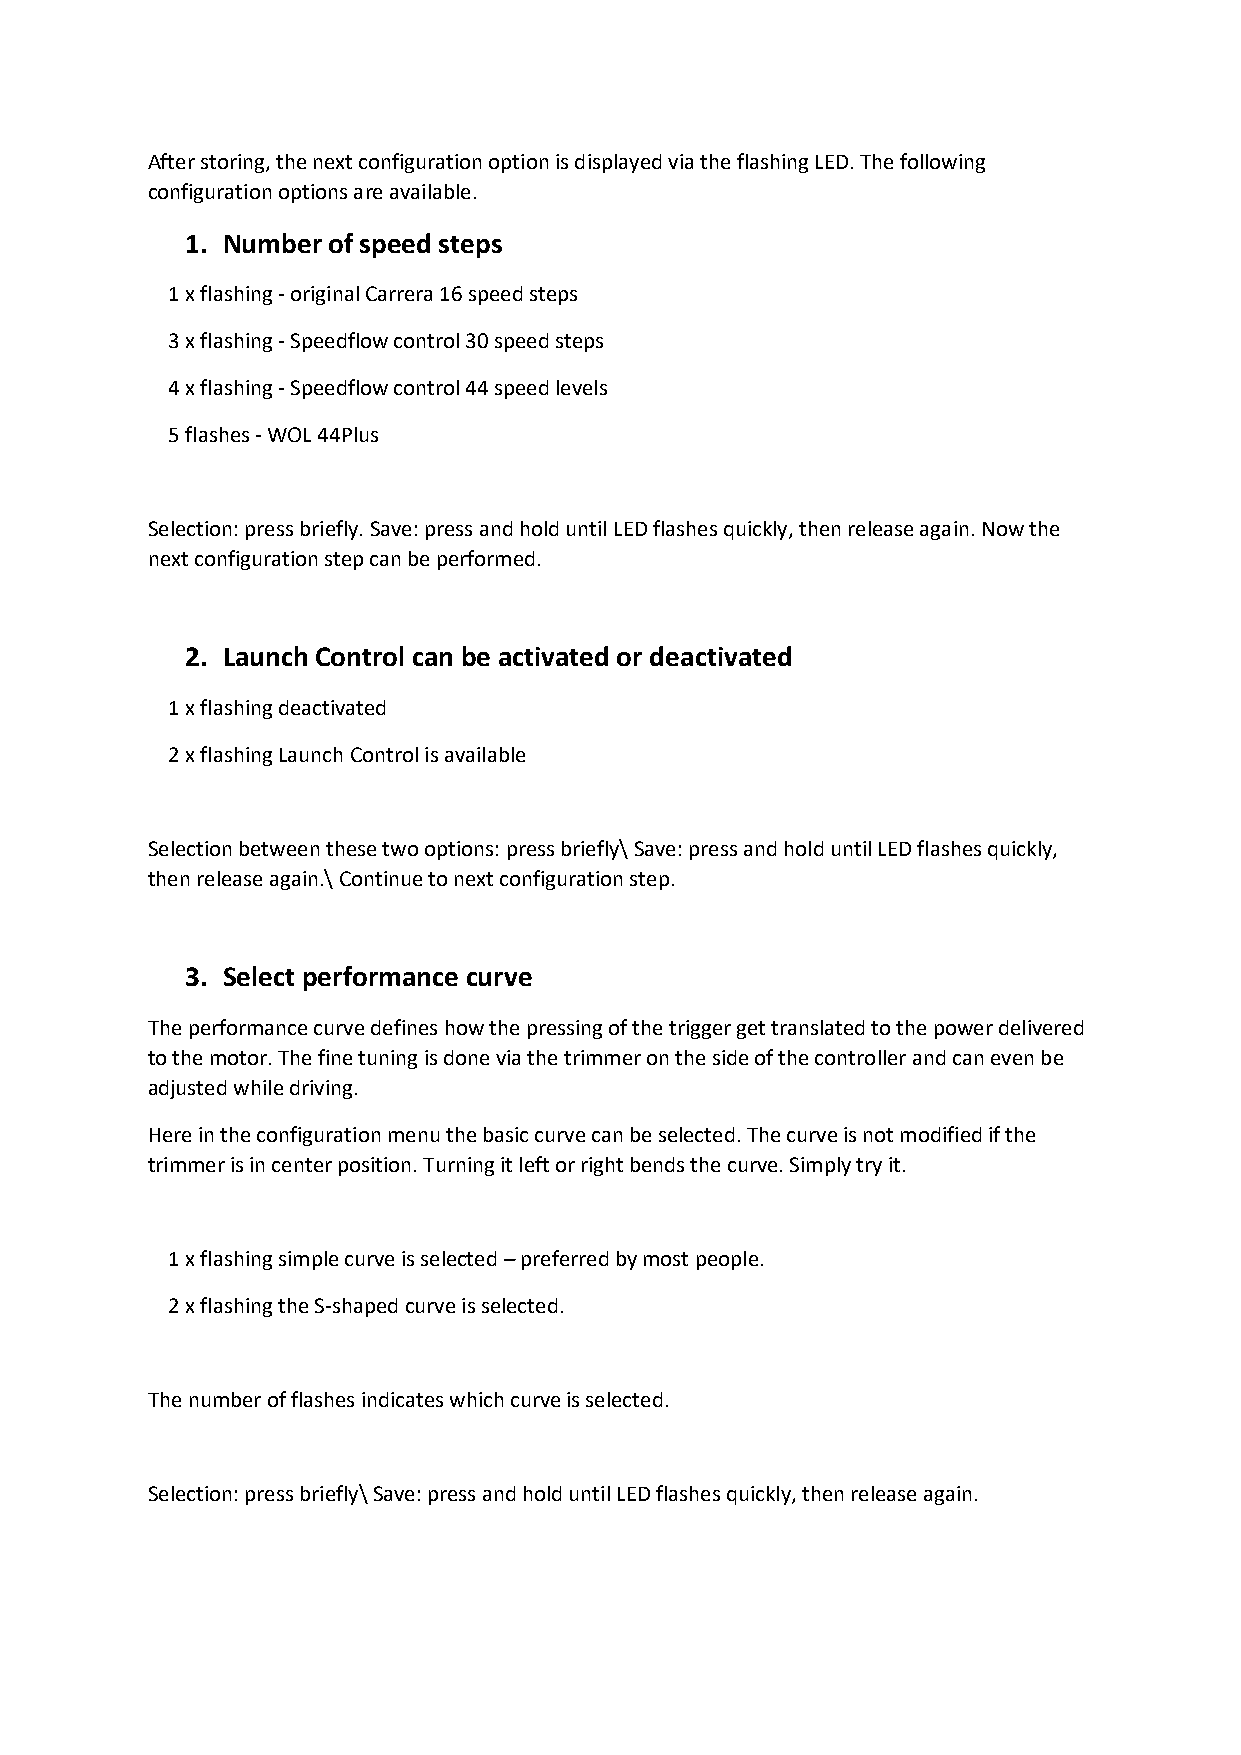
After storing, the next configuration option is displayed via the flashing LED. The following
 configuration options are available.
 1. Number of speed steps
 1 x flashing - original Carrera 16 speed steps
 3 x flashing - Speedflow control 30 speed steps
 4 x flashing - Speedflow control 44 speed levels
 5 flashes - WOL 44Plus
 Selection: press briefly. Save: press and hold until LED flashes quickly, then release again. Now the
 next configuration step can be performed.
 2. Launch Control can be activated or deactivated
 1 x flashing deactivated
 2 x flashing Launch Control is available
 Selection between these two options: press briefly\ Save: press and hold until LED flashes quickly,
 then release again.\ Continue to next configuration step.
 3. Select performance curve
 The performance curve defines how the pressing of the trigger get translated to the power delivered
 to the motor. The fine tuning is done via the trimmer on the side of the controller and can even be
 adjusted while driving.
 Here in the configuration menu the basic curve can be selected. The curve is not modified if the
 trimmer is in center position. Turning it left or right bends the curve. Simply try it.
 1 x flashing simple curve is selected – preferred by most people.
 2 x flashing the S-shaped curve is selected.
 The number of flashes indicates which curve is selected.
 Selection: press briefly\ Save: press and hold until LED flashes quickly, then release again.